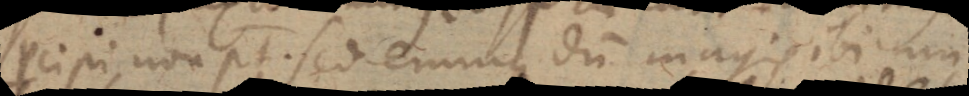
percipi non potest. Sed eminus dum magis ibi um